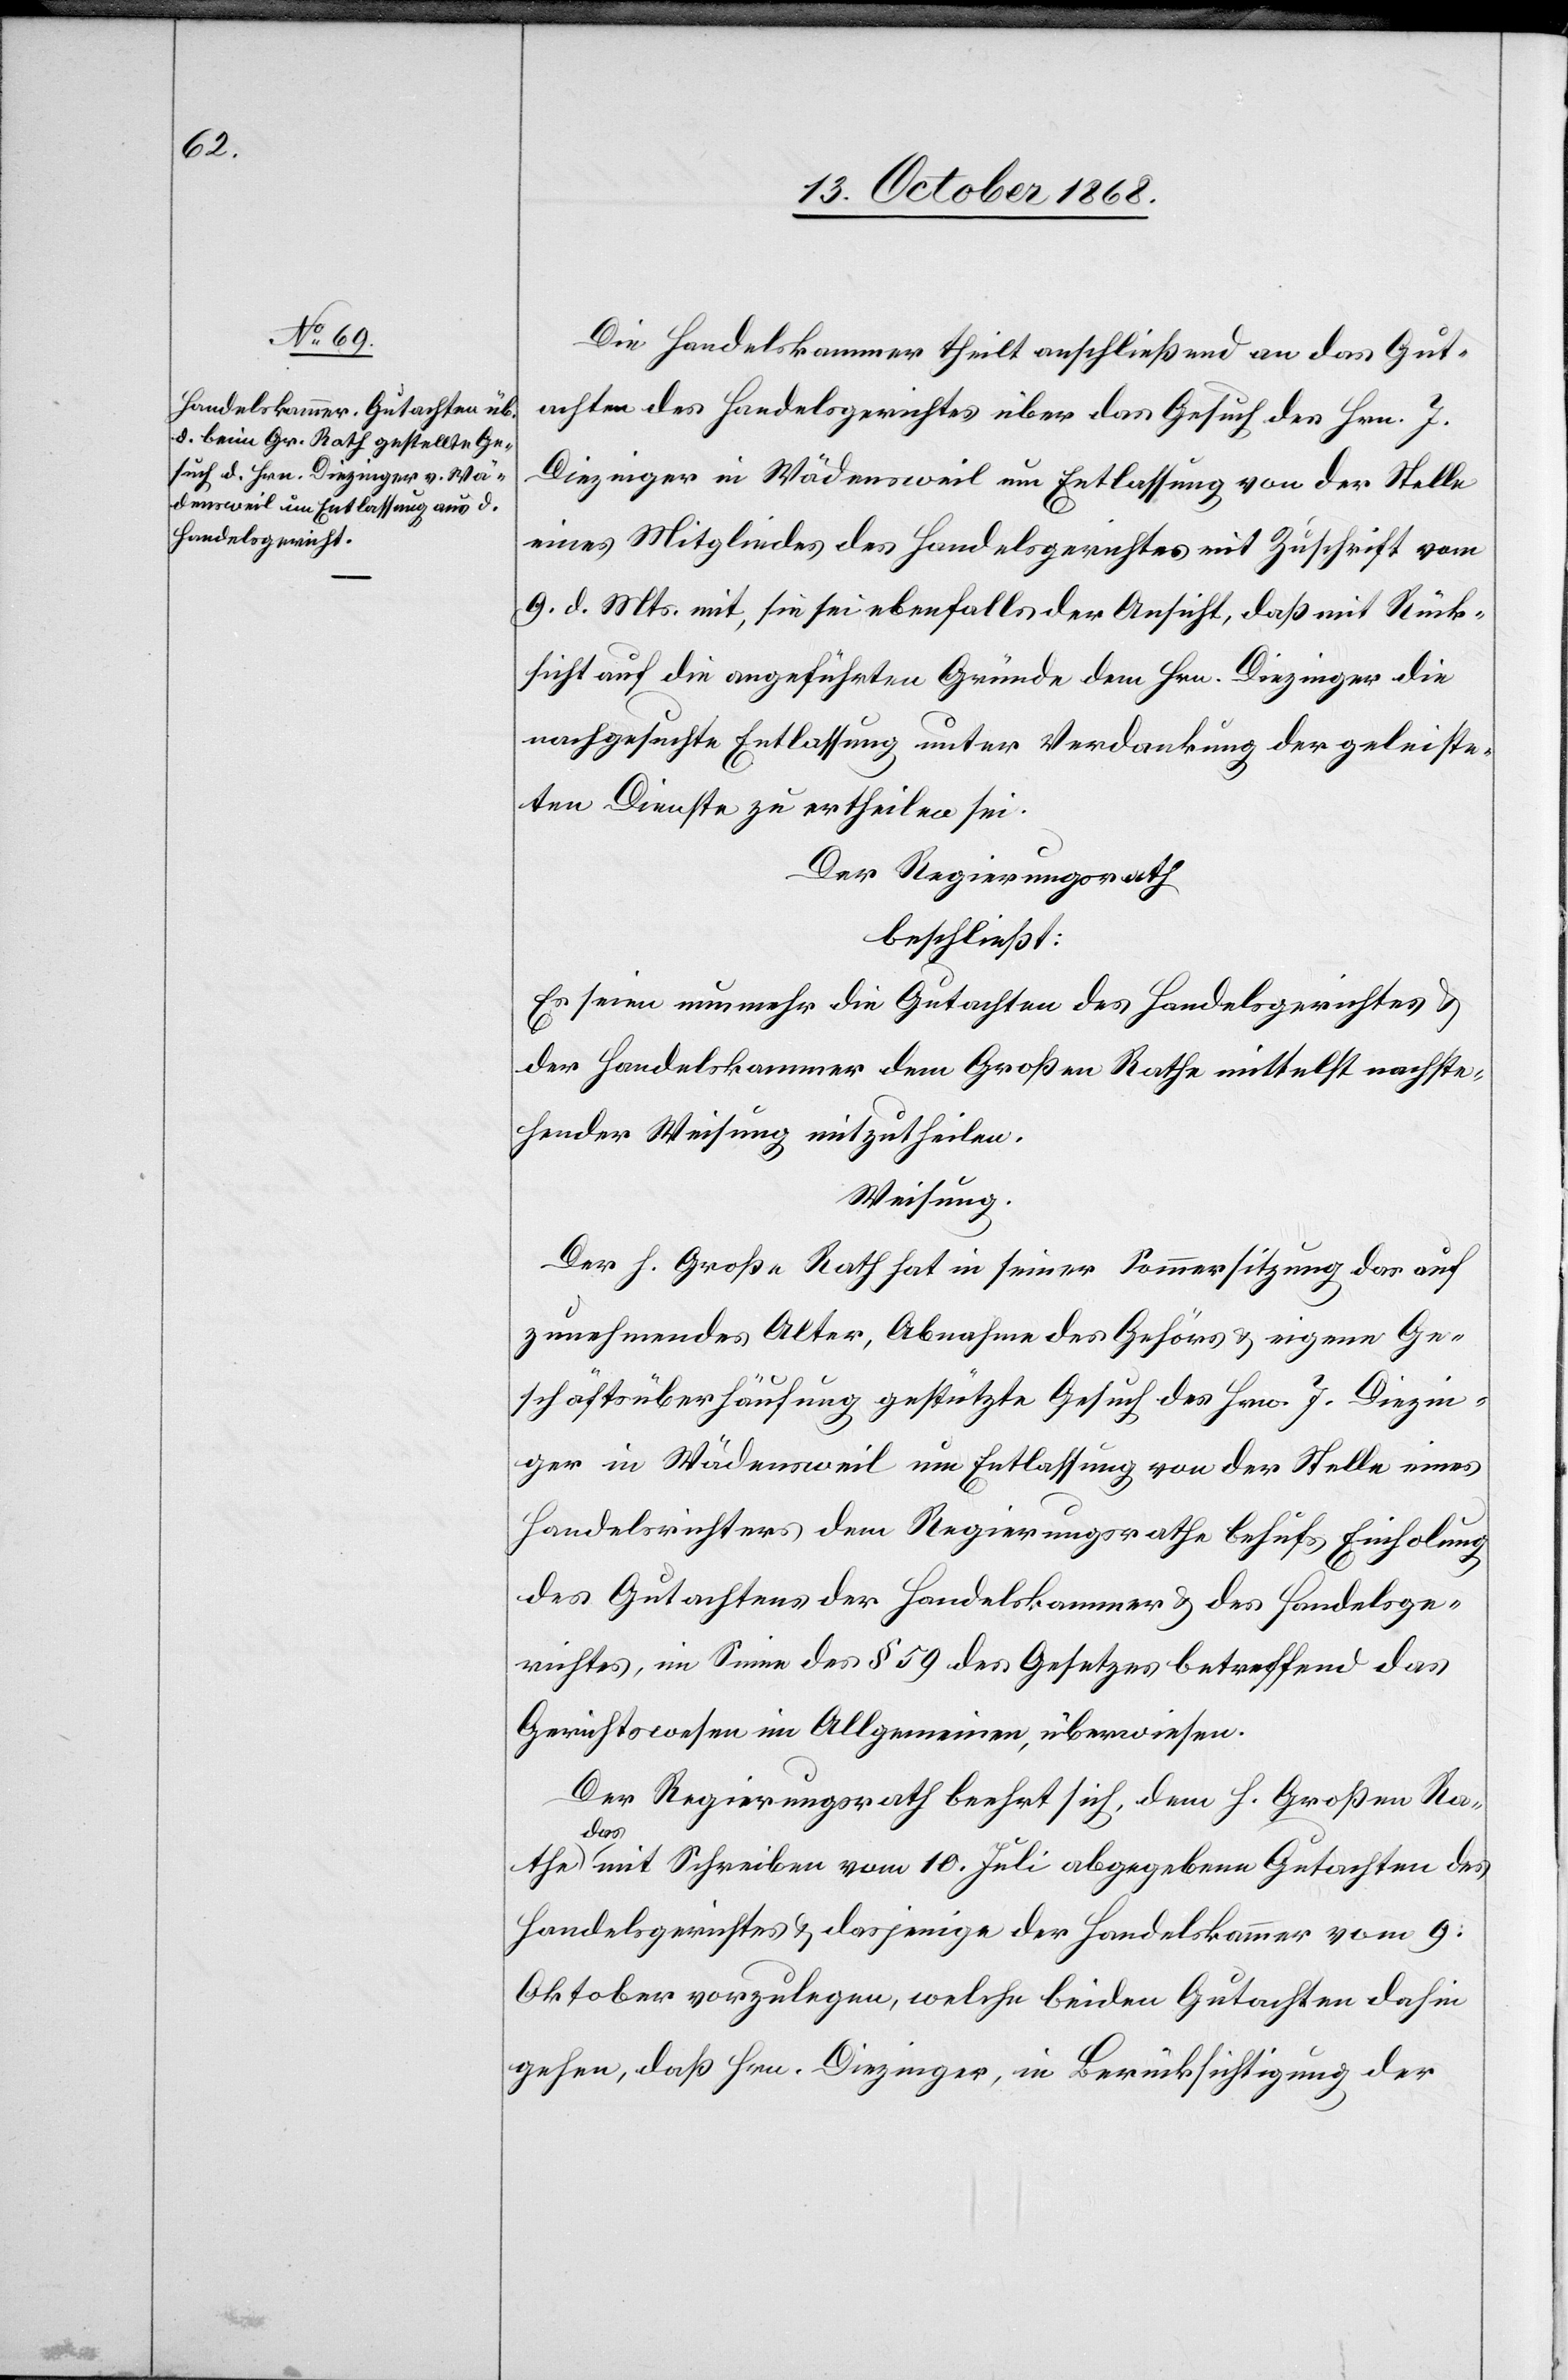
Die Handelskammer theilt anschließend an das Gut¬
achten des Handelsgerichtes über das Gesuch des Hrn. J.
Diezinger in Wädensweil um Entlassung von der Stelle
eines Mitgliedes des Handelsgerichtes mit Zuschrift vom
9. d. Mts. mit, sie sei ebenfalls der Ansicht, daß mit Rück¬
sicht auf die angeführten Gründe dem Hrn. Diezinger die
nachgesuchte Entlassung unter Verdankung der geleiste¬
ten Dienste zu ertheilen sei.
Der Regierungsrath
beschließt:
Es seien nunmehr die Gutachten des Handelsgerichtes &
der Handelskammer dem Großen Rathe mittelst nachste¬
hender Weisung mitzutheilen.
Weisung.
Der h. Große Rath hat in seiner Sommersitzung das auf
zunehmendes Alter, Abnahme des Gehörs & eigene Ge¬
schäftsüberhäufung gestützte Gesuch des Hrn. J. Diezin¬
ger in Wädensweil um Entlassung von der Stelle eines
Handelsrichters dem Regierungsrathe behufs Einholung
des Gutachtens der Handelskammer & des Handelsge¬
richtes, im Sinne des § 59 des Gesetzes betreffend das
Gerichtswesen im Allgemeinen, überwiesen.
Der Regierungsrath beehrt sich, dem h. Großen Ra¬
the das mit Schreiben vom 10. Juli abgegebene Gutachten des
Handelsgerichtes & dasjenige der Handelskammer vom 9:
Oktober vorzulegen, welche beiden Gutachten dahin
gehen, daß Hrn. Diezinger, in Berücksichtigung der